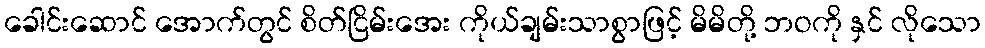
ခေါင်းဆောင် အောက်တွင် စိတ်ငြိမ်းအေး ကိုယ်ချမ်းသာစွာဖြင့် မိမိတို့ ဘဝကို နှင် လိုသော